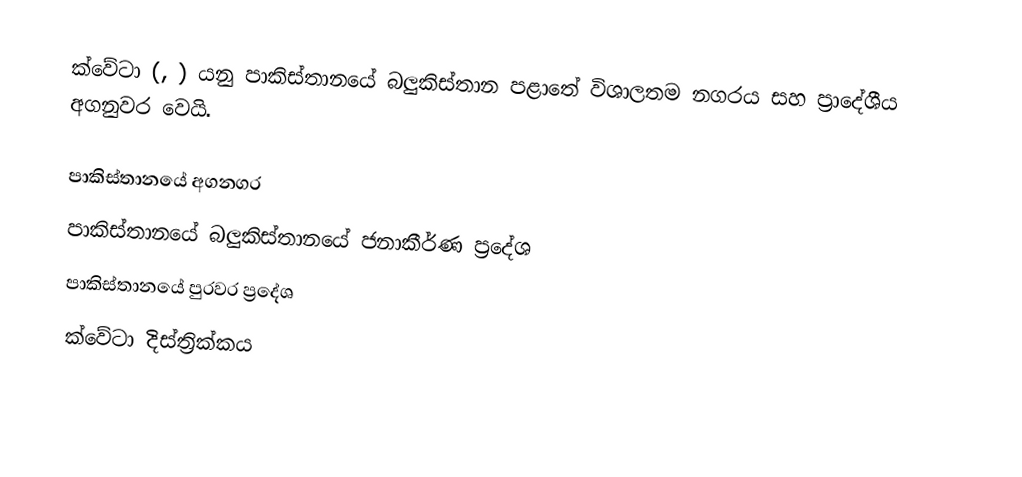
ක්වේටා‍   (,  ) යනු පාකිස්තානයේ    බලුකිස්තාන පළාතේ විශාලතම නගරය සහ ප්‍රාදේශීය අගනුවර වෙයි.

පාකිස්තානයේ අගනගර
පාකිස්තානයේ බලුකිස්තානයේ ජනාකීර්ණ ප්‍රදේශ
පාකිස්තානයේ පුරවර ප්‍රදේශ
ක්වේටා‍ දිස්ත්‍රික්කය